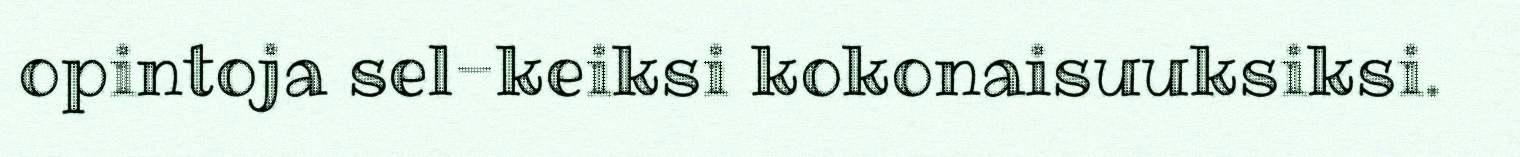
opintoja sel-keiksi kokonaisuuksiksi.